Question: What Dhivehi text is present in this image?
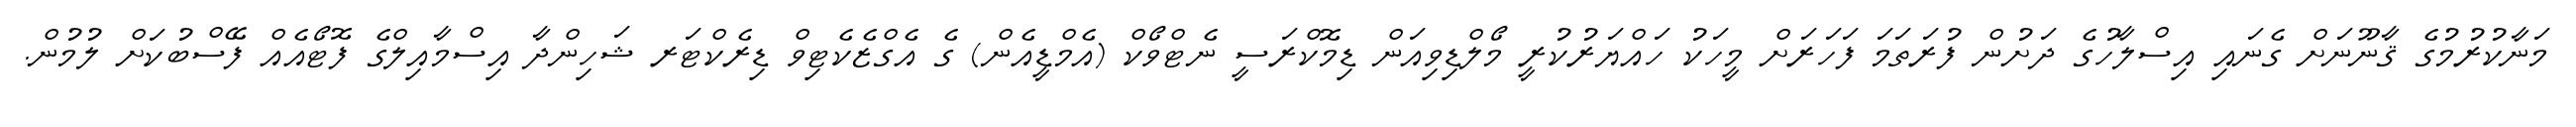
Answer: މަނާކުރުމުގެ ޤާނޫނަށް ގެނައި އިސްލާހުގެ ދަށުން ފުރަތަމަ ފަހަރަށް މީހަކު ހައްޔަރުކުރީ މޯލްޑިވިއަން ޑިމޮކްރަސީ ނެޓްވޯކް (އެމްޑީއެން) ގެ އެގްޒެކެޓިވް ޑިރެކްޓަރ ޝަހިންދާ އިސްމާއިލްގެ ފޮޓޯއެއް ފޭސްބުކަށް ލުމުން.